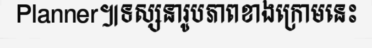
Planner៕ទស្សនារូបភាពខាងក្រោមនេះ